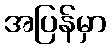
အပြန်မှာ